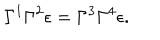
LaTeX: \Gamma ^ { 1 } \Gamma ^ { 2 } \epsilon = \Gamma ^ { 3 } \Gamma ^ { 4 } \epsilon .